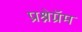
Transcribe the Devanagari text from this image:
प्रश्नेग्रॅम